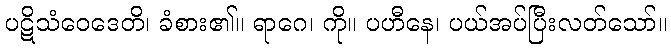
ပဋိသံဝေဒေတိ၊ ခံစား၏။ ရာဂေ၊ ကို။ ပဟီနေ၊ ပယ်အပ်ပြီးလတ်သော်။